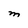
Character: M